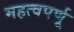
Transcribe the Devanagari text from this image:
महत्वपर्णू